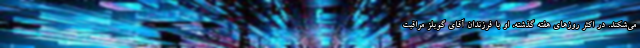
می‌شکند. در اکثر روزهای هفته گذشته، او با فرزندان آقای گوبلز مراقبت